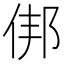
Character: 𬾏